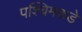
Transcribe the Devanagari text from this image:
पश्चिमकडे